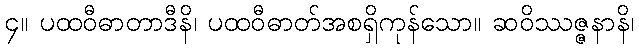
၄။ ပထဝီဓာတာဒီနိ၊ ပထဝီဓာတ်အစရှိကုန်သော။ ဆဝိဿဇ္ဇနာနိ၊